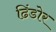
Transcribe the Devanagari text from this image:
ढिंडोर